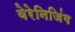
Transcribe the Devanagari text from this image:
वेरेनिजिंग